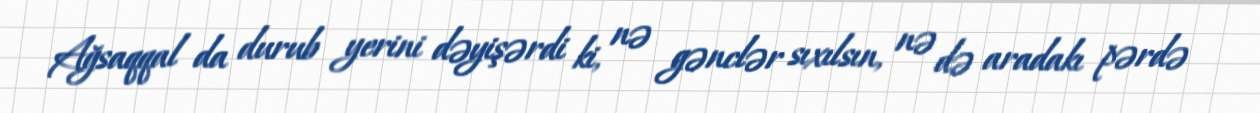
Ağsaqqal da durub yerini dəyişərdi ki, nə gənclər sıxılsın, nə də aradakı pərdə